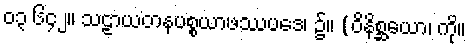
၀၃ ၆၄၂။ သဠာယတနပစ္စယာဖဿပဒေ၊ ၌။ (ဝိနိစ္ဆယော၊ ကို။